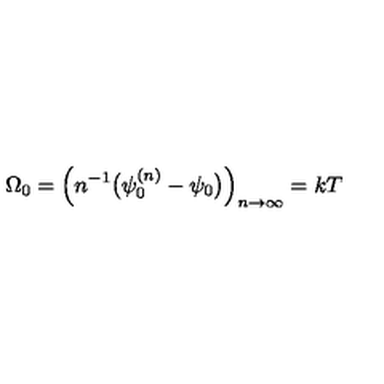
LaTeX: \Omega _ { 0 } = \Bigl ( n ^ { - 1 } \bigl ( \psi _ { 0 } ^ { ( n ) } - \psi _ { 0 } \bigr ) \Bigr ) _ { n \rightarrow \infty } = k T